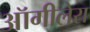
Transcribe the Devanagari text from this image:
ऑगीलेरा